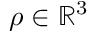
{ \boldsymbol \rho } \in \mathbb { R } ^ { 3 }